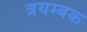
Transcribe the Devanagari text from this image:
त्रयम्बक